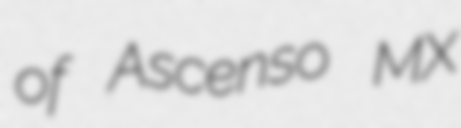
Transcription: of Ascenso MX